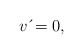
\begin{align*}v\,\acute{}=0, \end{align*}